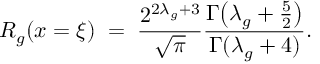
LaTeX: R _ { g } ( x = \xi ) \; = \; \frac { 2 ^ { 2 \lambda _ { g } + 3 } } { \sqrt { \pi } } \frac { \Gamma \! \left( \lambda _ { g } + \frac { 5 } { 2 } \right) } { \Gamma ( \lambda _ { g } + 4 ) } .